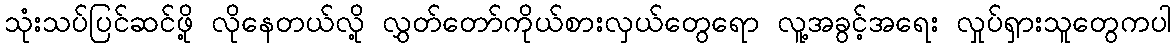
သုံးသပ်ပြင်ဆင်ဖို့ လိုနေတယ်လို့ လွှတ်တော်ကိုယ်စားလှယ်တွေရော လူ့အခွင့်အရေး လှုပ်ရှားသူတွေကပါ